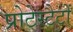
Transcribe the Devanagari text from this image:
प्रोटेस्टैटों